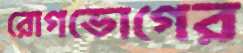
রোগভোগের